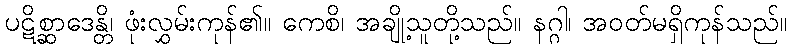
ပဋိစ္ဆာဒေန္တိ၊ ဖုံးလွှမ်းကုန်၏။ ကေစိ၊ အချို့သူတို့သည်။ နဂ္ဂါ၊ အဝတ်မရှိကုန်သည်။